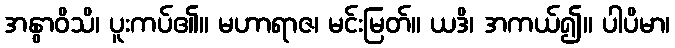
အနွာဝိသိ၊ ပူးကပ်၏။ မဟာရာဇ၊ မင်းမြတ်။ ယဒိ၊ အကယ်၍။ ပါပိမာ၊